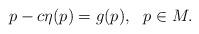
LaTeX: \begin{align*} p - c\eta(p) = g(p), \ \ p \in M.\end{align*}